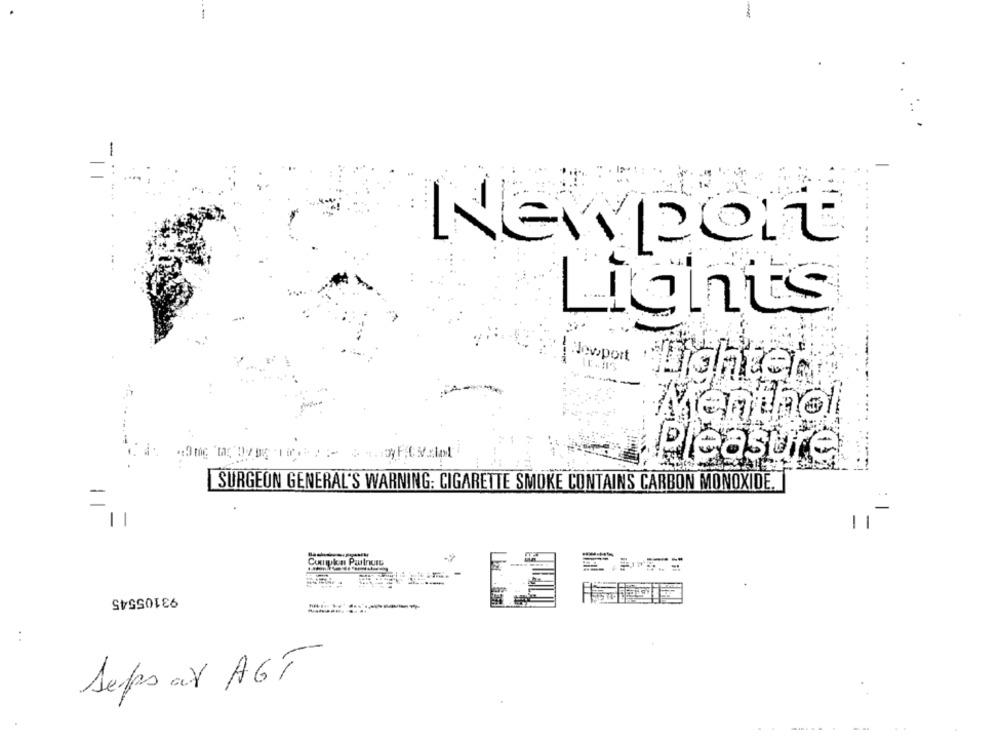
-
Newport
Lights
sopot Lighter
Menthol
Pleasure
SURGEON GENERAL'S WARNING: CIGARETTE SMOKE CONTAINS CARBON MONOXIDE.
Cumplen Partnere
93105545
. .
Seps av AGT